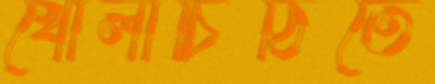
খোলাচিঠিতে